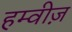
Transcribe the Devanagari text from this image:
हम्वीज़